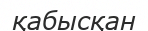
қабысқан